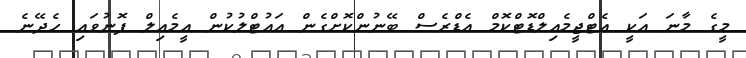
މީގެ މާނަ އަކީ އެޓްޖީމެއިލްޑޮޓްކޮމް އެޑްރެސް ބޭނުންކޮށްގެން އައުޓްލުކުން އީމެއިލް ފޮނުވައި ހެދޭނެ